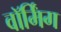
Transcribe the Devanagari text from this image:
वाॅर्मिंग